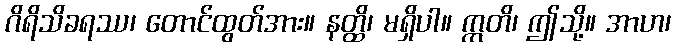
ဂိရိသိခရဿ၊ တောင်ထွတ်အား။ နတ္ထိ၊ မရှိပါ။ ဣတိ၊ ဤသို့။ အာဟ၊